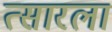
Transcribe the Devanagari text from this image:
त्सारला